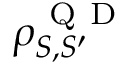
\rho _ { S , S ^ { \prime } } ^ { \mathrm { ~ Q ~ D ~ } }